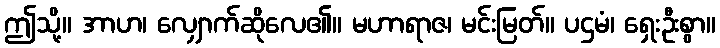
ဤသို့။ အာဟ၊ လျှောက်ဆိုလေ၏။ မဟာရာဇ၊ မင်းမြတ်။ ပဌမံ၊ ရှေးဦးစွာ။